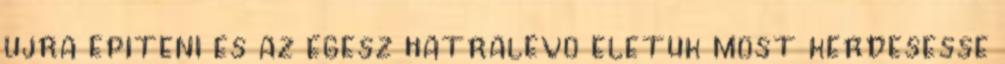
ujra epiteni es az egesz hatralevo eletuk most kerdesesse